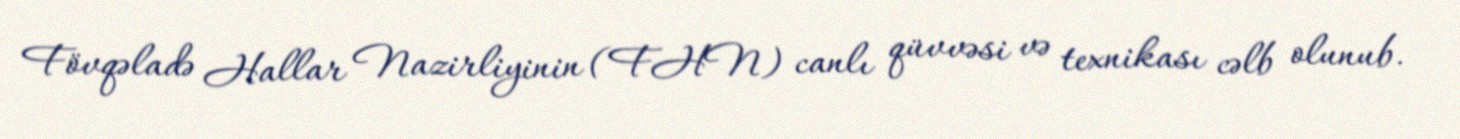
Fövqəladə Hallar Nazirliyinin (FHN) canlı qüvvəsi və texnikası cəlb olunub.